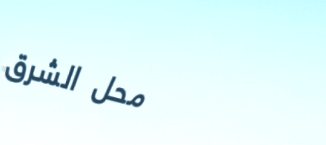
محل الشرق